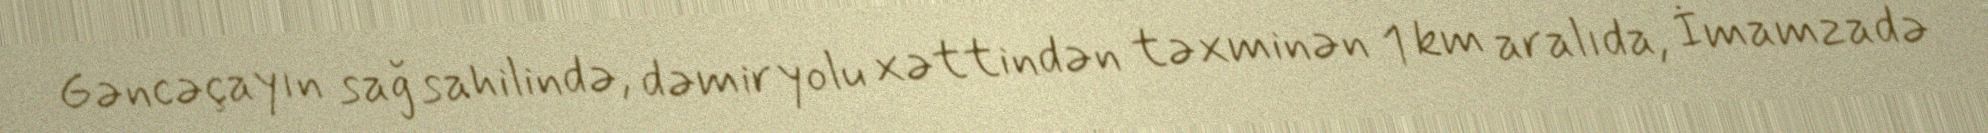
Gəncəçayın sağ sahilində, dəmir yolu xəttindən təxminən 1 km aralıda, İmamzadə